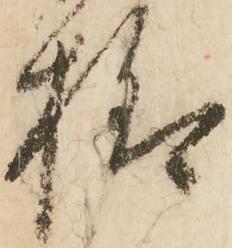
様